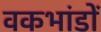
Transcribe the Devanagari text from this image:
वकभांडों